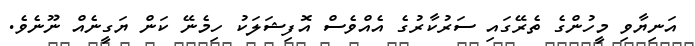
އަނިޔާވި މީހުންގެ ތެރޭގައި ސަރުކާރުގެ އެއްވެސް އޮފިޝަލަކު ހިމެނޭ ކަން ޔަގީނެއް ނޫނެވެ.